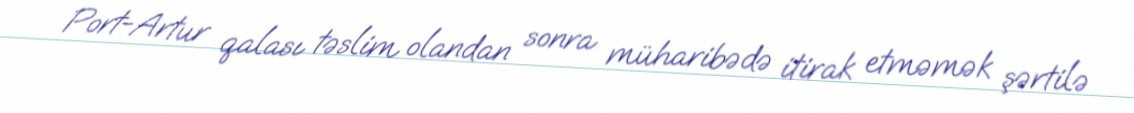
Port-Artur qalası təslim olandan sonra müharibədə itirak etməmək şərtilə